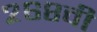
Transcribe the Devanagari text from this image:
२६८वी